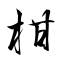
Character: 柑